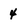
Character: 4